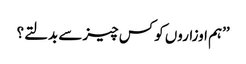
’’ہم اوزاروں کو کس چیز سے بدلتے؟